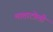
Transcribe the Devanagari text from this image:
माताटोली